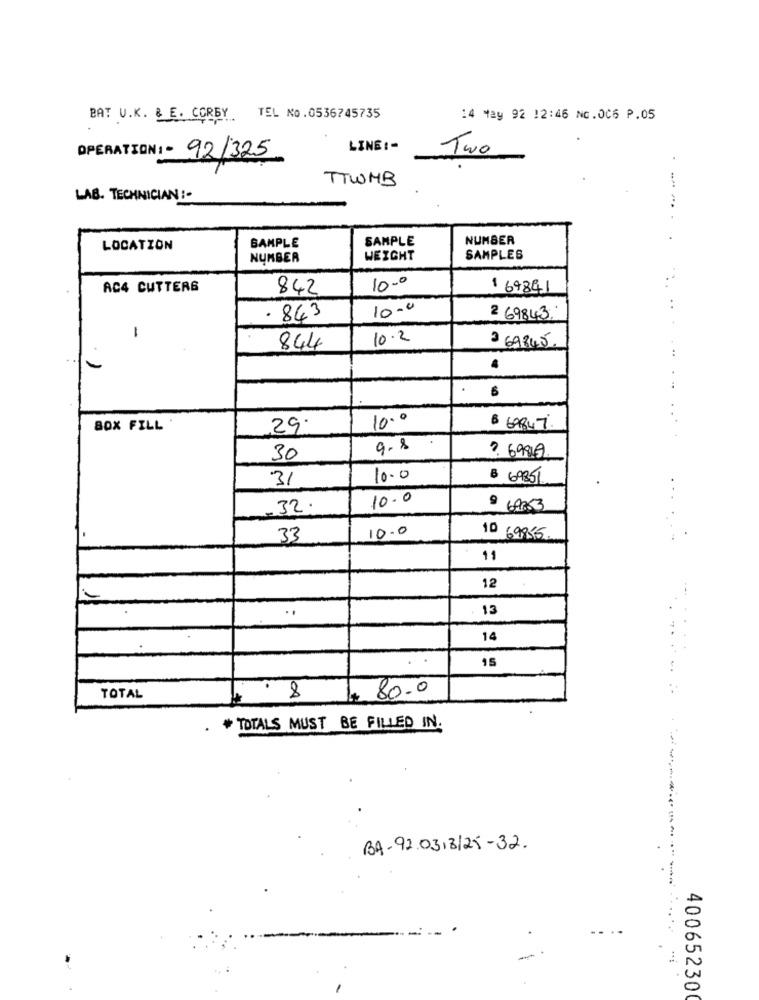
BAT U.K. & E. CORBY TEL No.0536745735
14 May 92 12:46 NG.006 P.05
LINE :-
OPERATION : - 92/325
Two
TTWMB
LAB. TECHNICIAN :-
. --.
SAMPLE
SAMPLE
NUMBER
LOCATION
NUMBER
WEIGHT
SAMPLES
AC4 CUTTERS
842
10.0
1 69841
10.0
..
. 843
2 69843.
1
10.2
844
3 69845
...
6
10.0
BOX FILL
29.
$ 69847
9.8
30
2. 6.989.
31
10.0
B 69851
10.0
32.
9 68853
10.0
33
10 69955.
11
12
..
13
14
15
80.0
TOTAL
. 8
.
TOTALS MUST BE FILLED IN.
BA-92.03.3125-32.
400652300